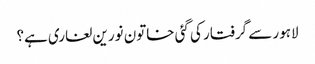
لاہور سے گرفتار کی گئی خاتون نورین لغاری ہے؟